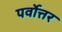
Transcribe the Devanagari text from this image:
पर्वोत्तर